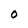
Character: O